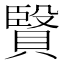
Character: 𧷙